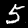
Digit: 5